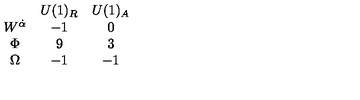
\begin{array} { c c c } { } & { U ( 1 ) _ { R } } & { U ( 1 ) _ { A } } \\ { W ^ { \dot { \alpha } } } & { - 1 } & { 0 } \\ { \Phi } & { 9 } & { 3 } \\ { \Omega } & { - 1 } & { - 1 } \\ \end{array}